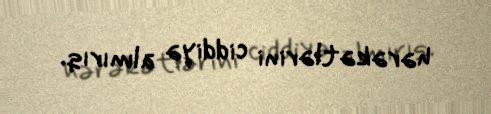
hərəkətlərini ciddiyə almırıq.